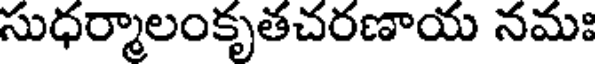
సుధర్మాలంకృతచరణాయ నమః